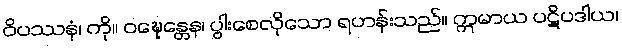
ဝိပဿနံ၊ ကို။ ဝဍ္ဎေန္တေန၊ ပွါးစေလိုသော ရဟန်းသည်။ ဣမာယ ပဋိပဒါယ၊